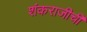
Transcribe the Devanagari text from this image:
शंकराजीची